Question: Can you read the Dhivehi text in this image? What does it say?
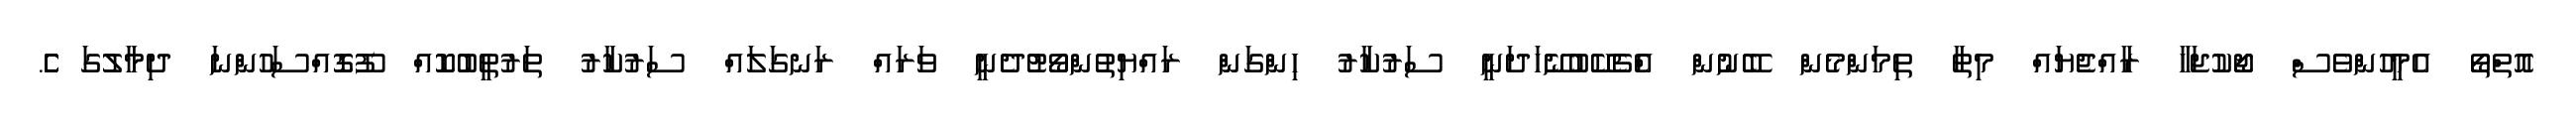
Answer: އޮތްތޯ އެމީހުންވެސް ޖޯކުޖަހާ ރާއްޖެޔައް މިތާ ތިމަންމެން ބޭނުން އެްޗެކޭބުނޭހަދަނީ ސަރުކާރު ހިންގަން ރައްޔިތުންވޯޓުދެނީ ވަރައް ރަނގަލައް ސަރުކާރު ތަރުތީބުކޮއް ފޫގޮއްސަހުންނަ ދިމާލުގަ ެެެެެެެެެެެެެެެެެެެެެ.